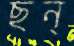
ছন্